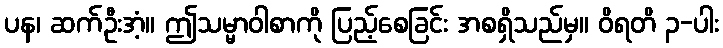
ပန၊ ဆက်ဦးအံ့။ ဤသမ္မာဝါစာကို ပြည့်စေခြင်း အစရှိသည်မှ။ ဝိရတိ ၃-ပါး